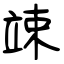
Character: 竦